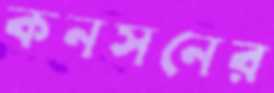
কনসনের